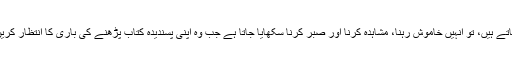
جب وہ کسی باغ یا لائبریری جاتے ہیں، تو انہیں خاموش رہنا، مشاہدہ کرنا اور صبر کرنا سکھایا جاتا ہے جب وہ اپنی پسندیدہ کتاب پڑھنے کی باری کا انتظار کریں یا کسی جانور کو دیکھنے کا۔